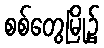
စစ်တွေမြို့၌